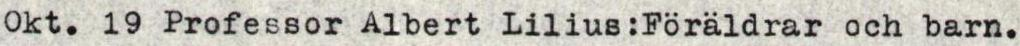
Okt. 19 Professor Albert Lilius:Föräldrar och barn.